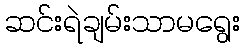
ဆင်းရဲချမ်းသာမရွေး